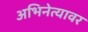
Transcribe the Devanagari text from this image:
अभिनेत्यावर